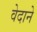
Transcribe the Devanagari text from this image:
वेदाने